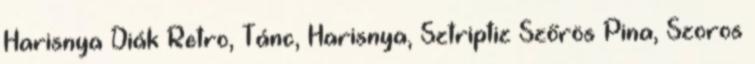
Harisnya Diák Retro, Tánc, Harisnya, Sztriptiz Szőrös Pina, Szoros